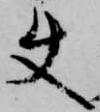
使